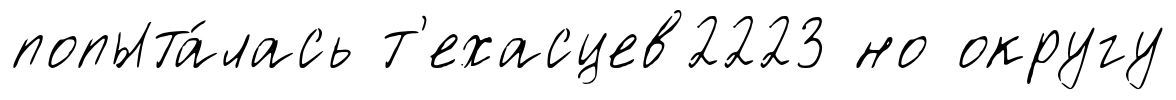
попыта́лась т'ехасцев2223 но округу